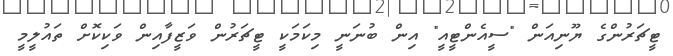
ޓީޗަރުންގެ ޔޫނިއަން "ސީއެންޓީއީ" އިން ބުނަނީ މިކަމަކީ ޓީޗަރުން ވަޒީފާއިން ވަކިކޮށް ތައުލީމީ